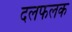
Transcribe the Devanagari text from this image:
दलफलक